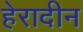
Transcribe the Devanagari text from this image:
हेरादीन